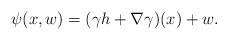
LaTeX: \begin{align*} \psi(x,w)=(\gamma h+\nabla\gamma)(x)+w.\end{align*}